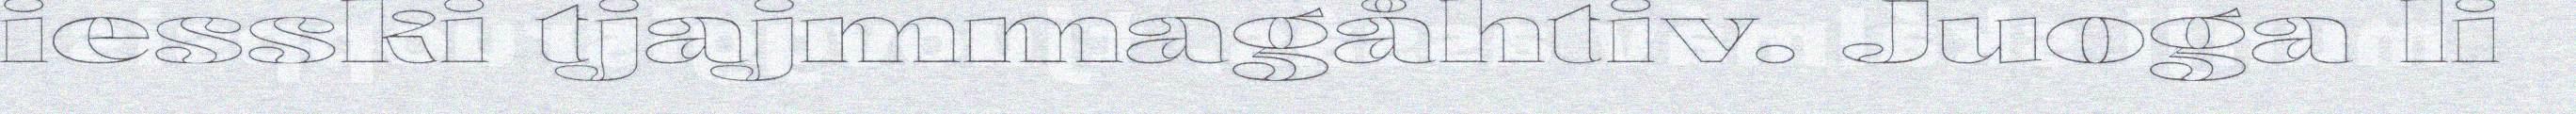
iesski tjajmmagåhtiv. Juoga li